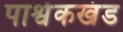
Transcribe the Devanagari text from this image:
पार्श्वकखंड